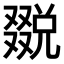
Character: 𠮄